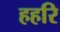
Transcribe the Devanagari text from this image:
हहरि